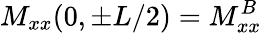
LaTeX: M_{xx}(0,\pm L/2)=M_{xx}^{B}